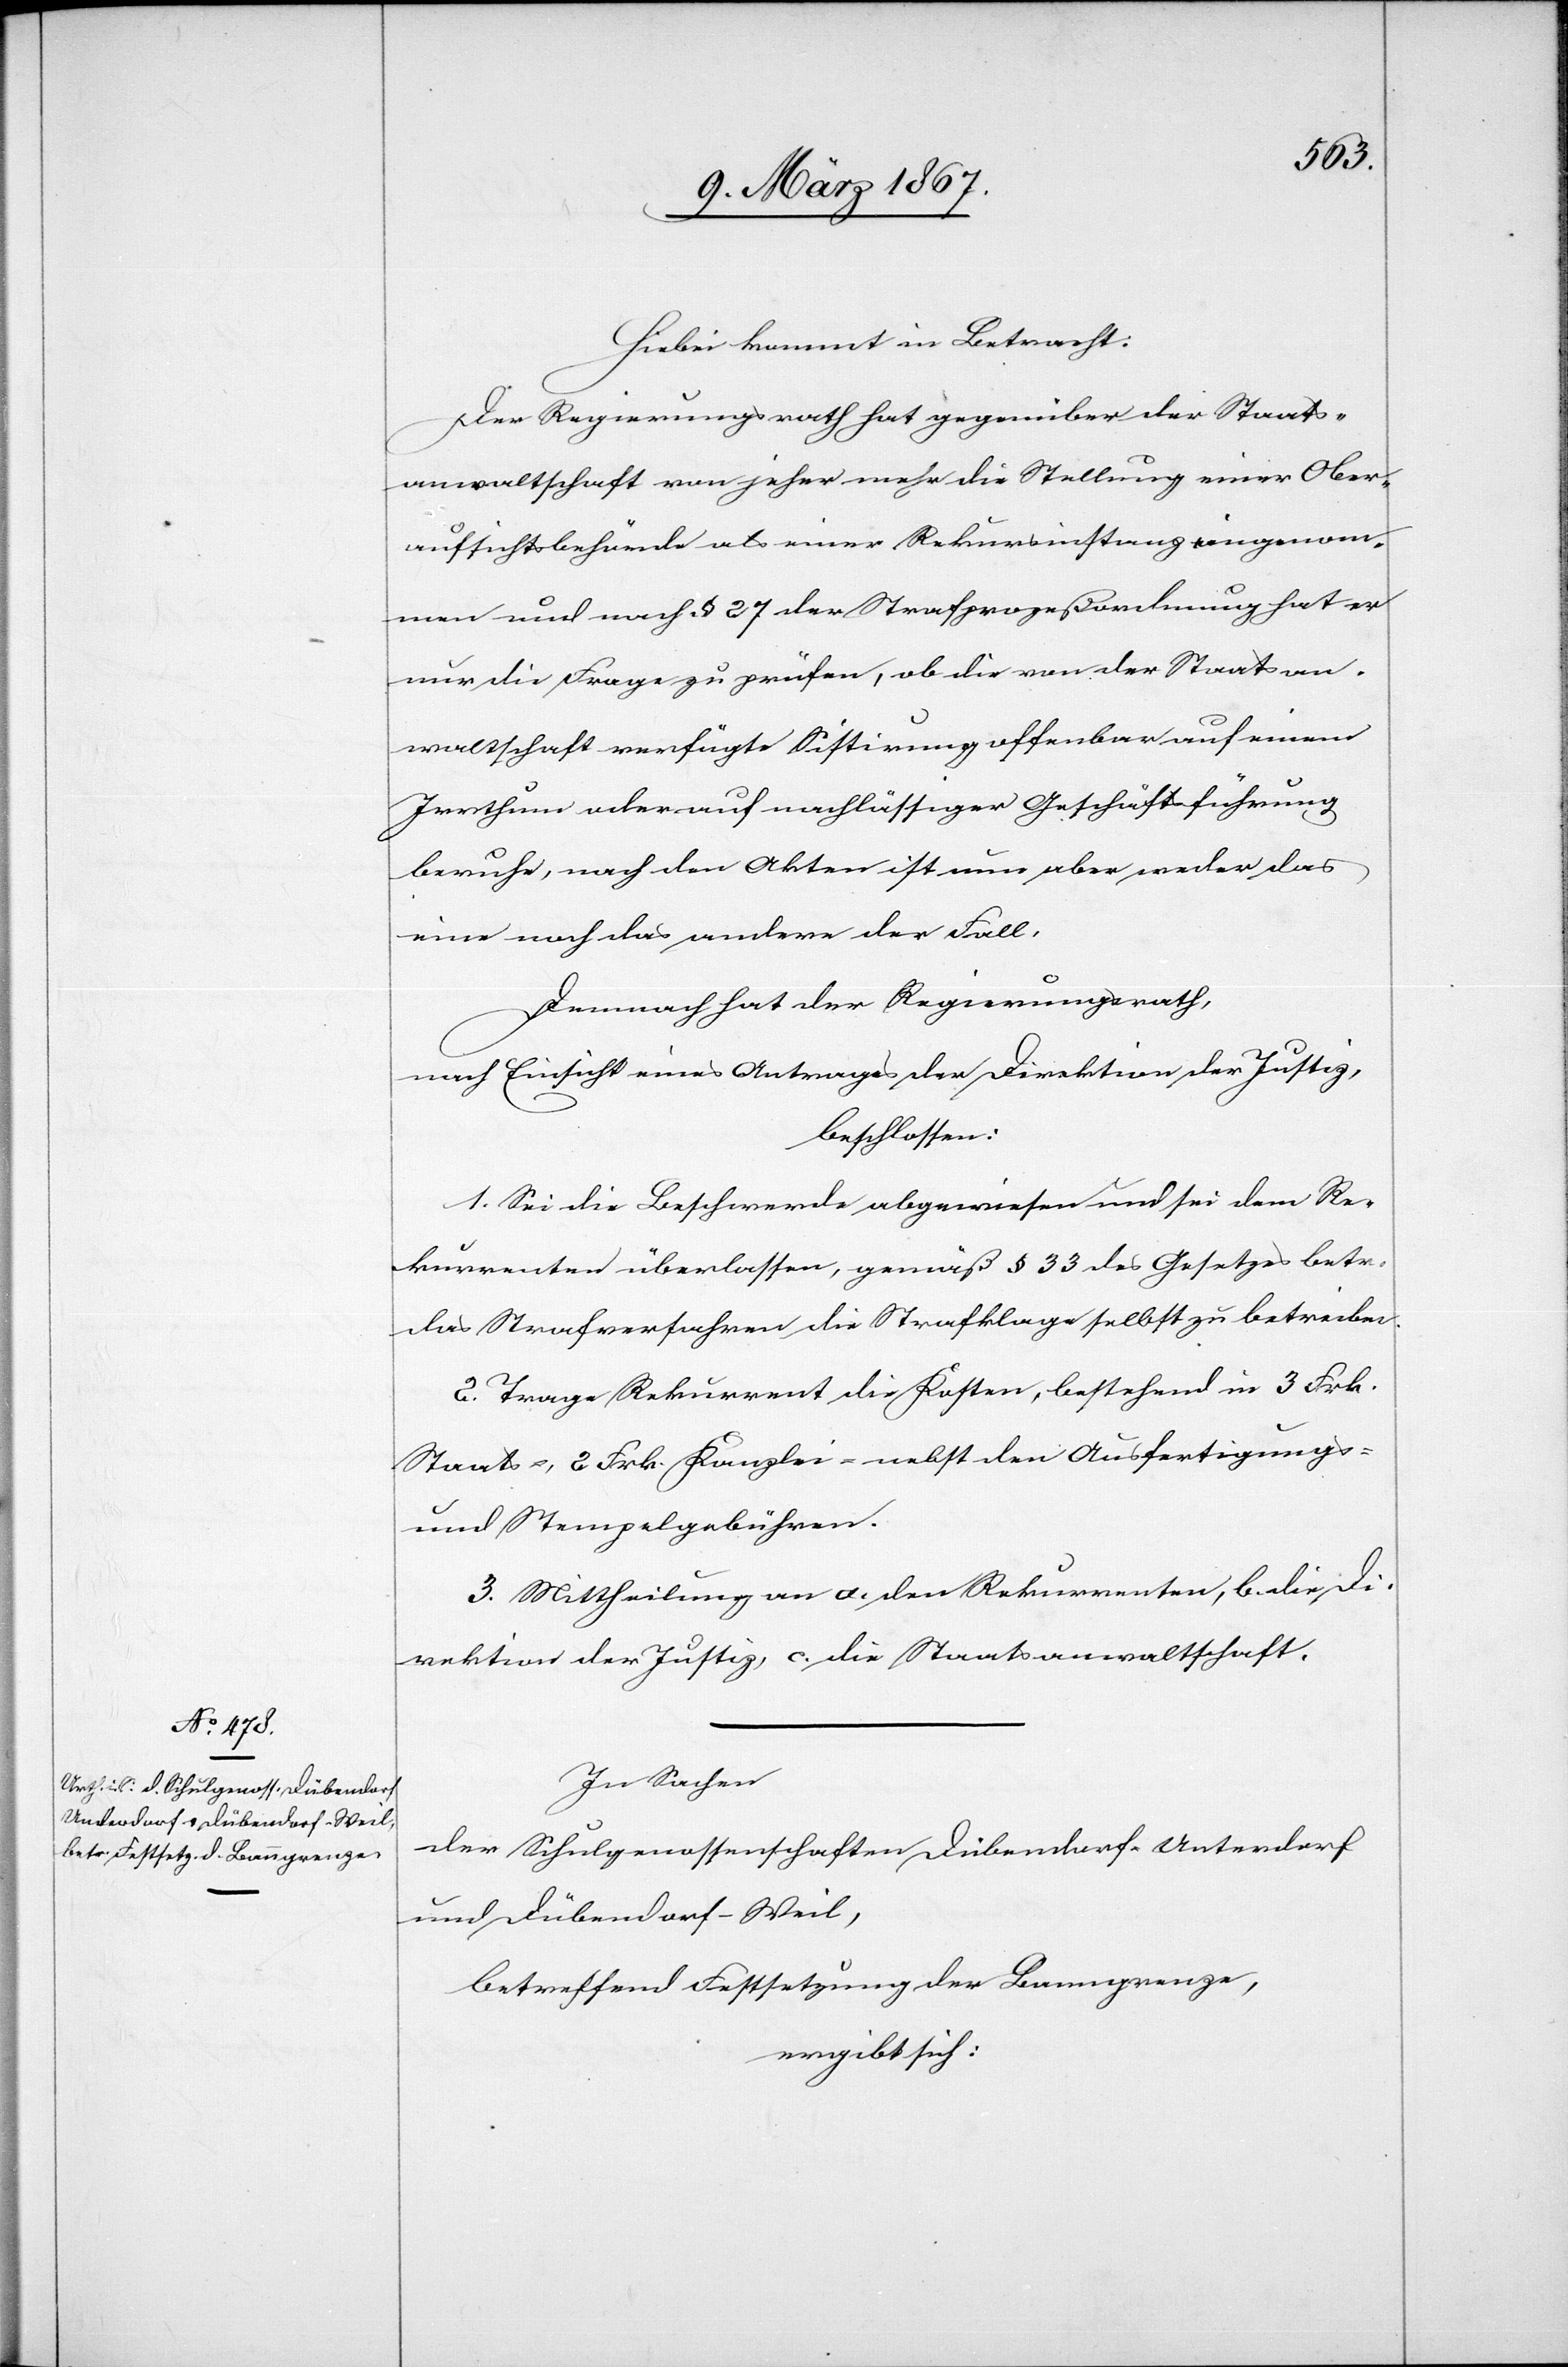
Hiebei kommt in Betracht:
Der Regierungsrath hat gegenüber der Staats¬
anwaltschaft von jeher mehr die Stellung einer Ober¬
aufsichtsbehörde als einer Rekursinstanz angenom¬
men und nach § 27 der Strafprozeßordnung hat er
nur die Frage zu prüfen, ob die von der Staatsan¬
waltschaft verfügte Sistirung offenbar auf einem
Irrthum oder auf nachlässiger Geschäftsführung
beruhe, nach den Akten ist nun aber weder das
eine noch das andere der Fall.
Demnach hat der Regierungsrath,
nach Einsicht eines Antrages der Direktion der Justiz,
beschlossen:
1. Sei die Beschwerde abgewiesen und sei dem Re¬
kurrenten überlassen, gemäß § 33 des Gesetzes betr.
das Strafverfahren die Strafklage selbst zu betreiben.
2. Trage Rekurrent die Kosten, bestehend in 3 Frk.
Staats-, 2 Frk. Kanzlei- nebst den Ausfertigungs-
und Stempelgebühren.
3. Mittheilung an a. den Rekurrenten, b. die Di¬
rektion der Justiz, c. die Staatsanwaltschaft.
In Sachen
der Schulgenossenschaften Dübendorf-Unterdorf
und Dübendorf-Weil,
betreffend Festsetzung der Banngrenze,
ergibt sich: